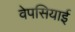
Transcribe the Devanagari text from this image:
वेपसियाई